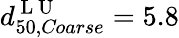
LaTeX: d_{50,\textit{Coarse}}^{\mathrm{~L~U~}}=5.8